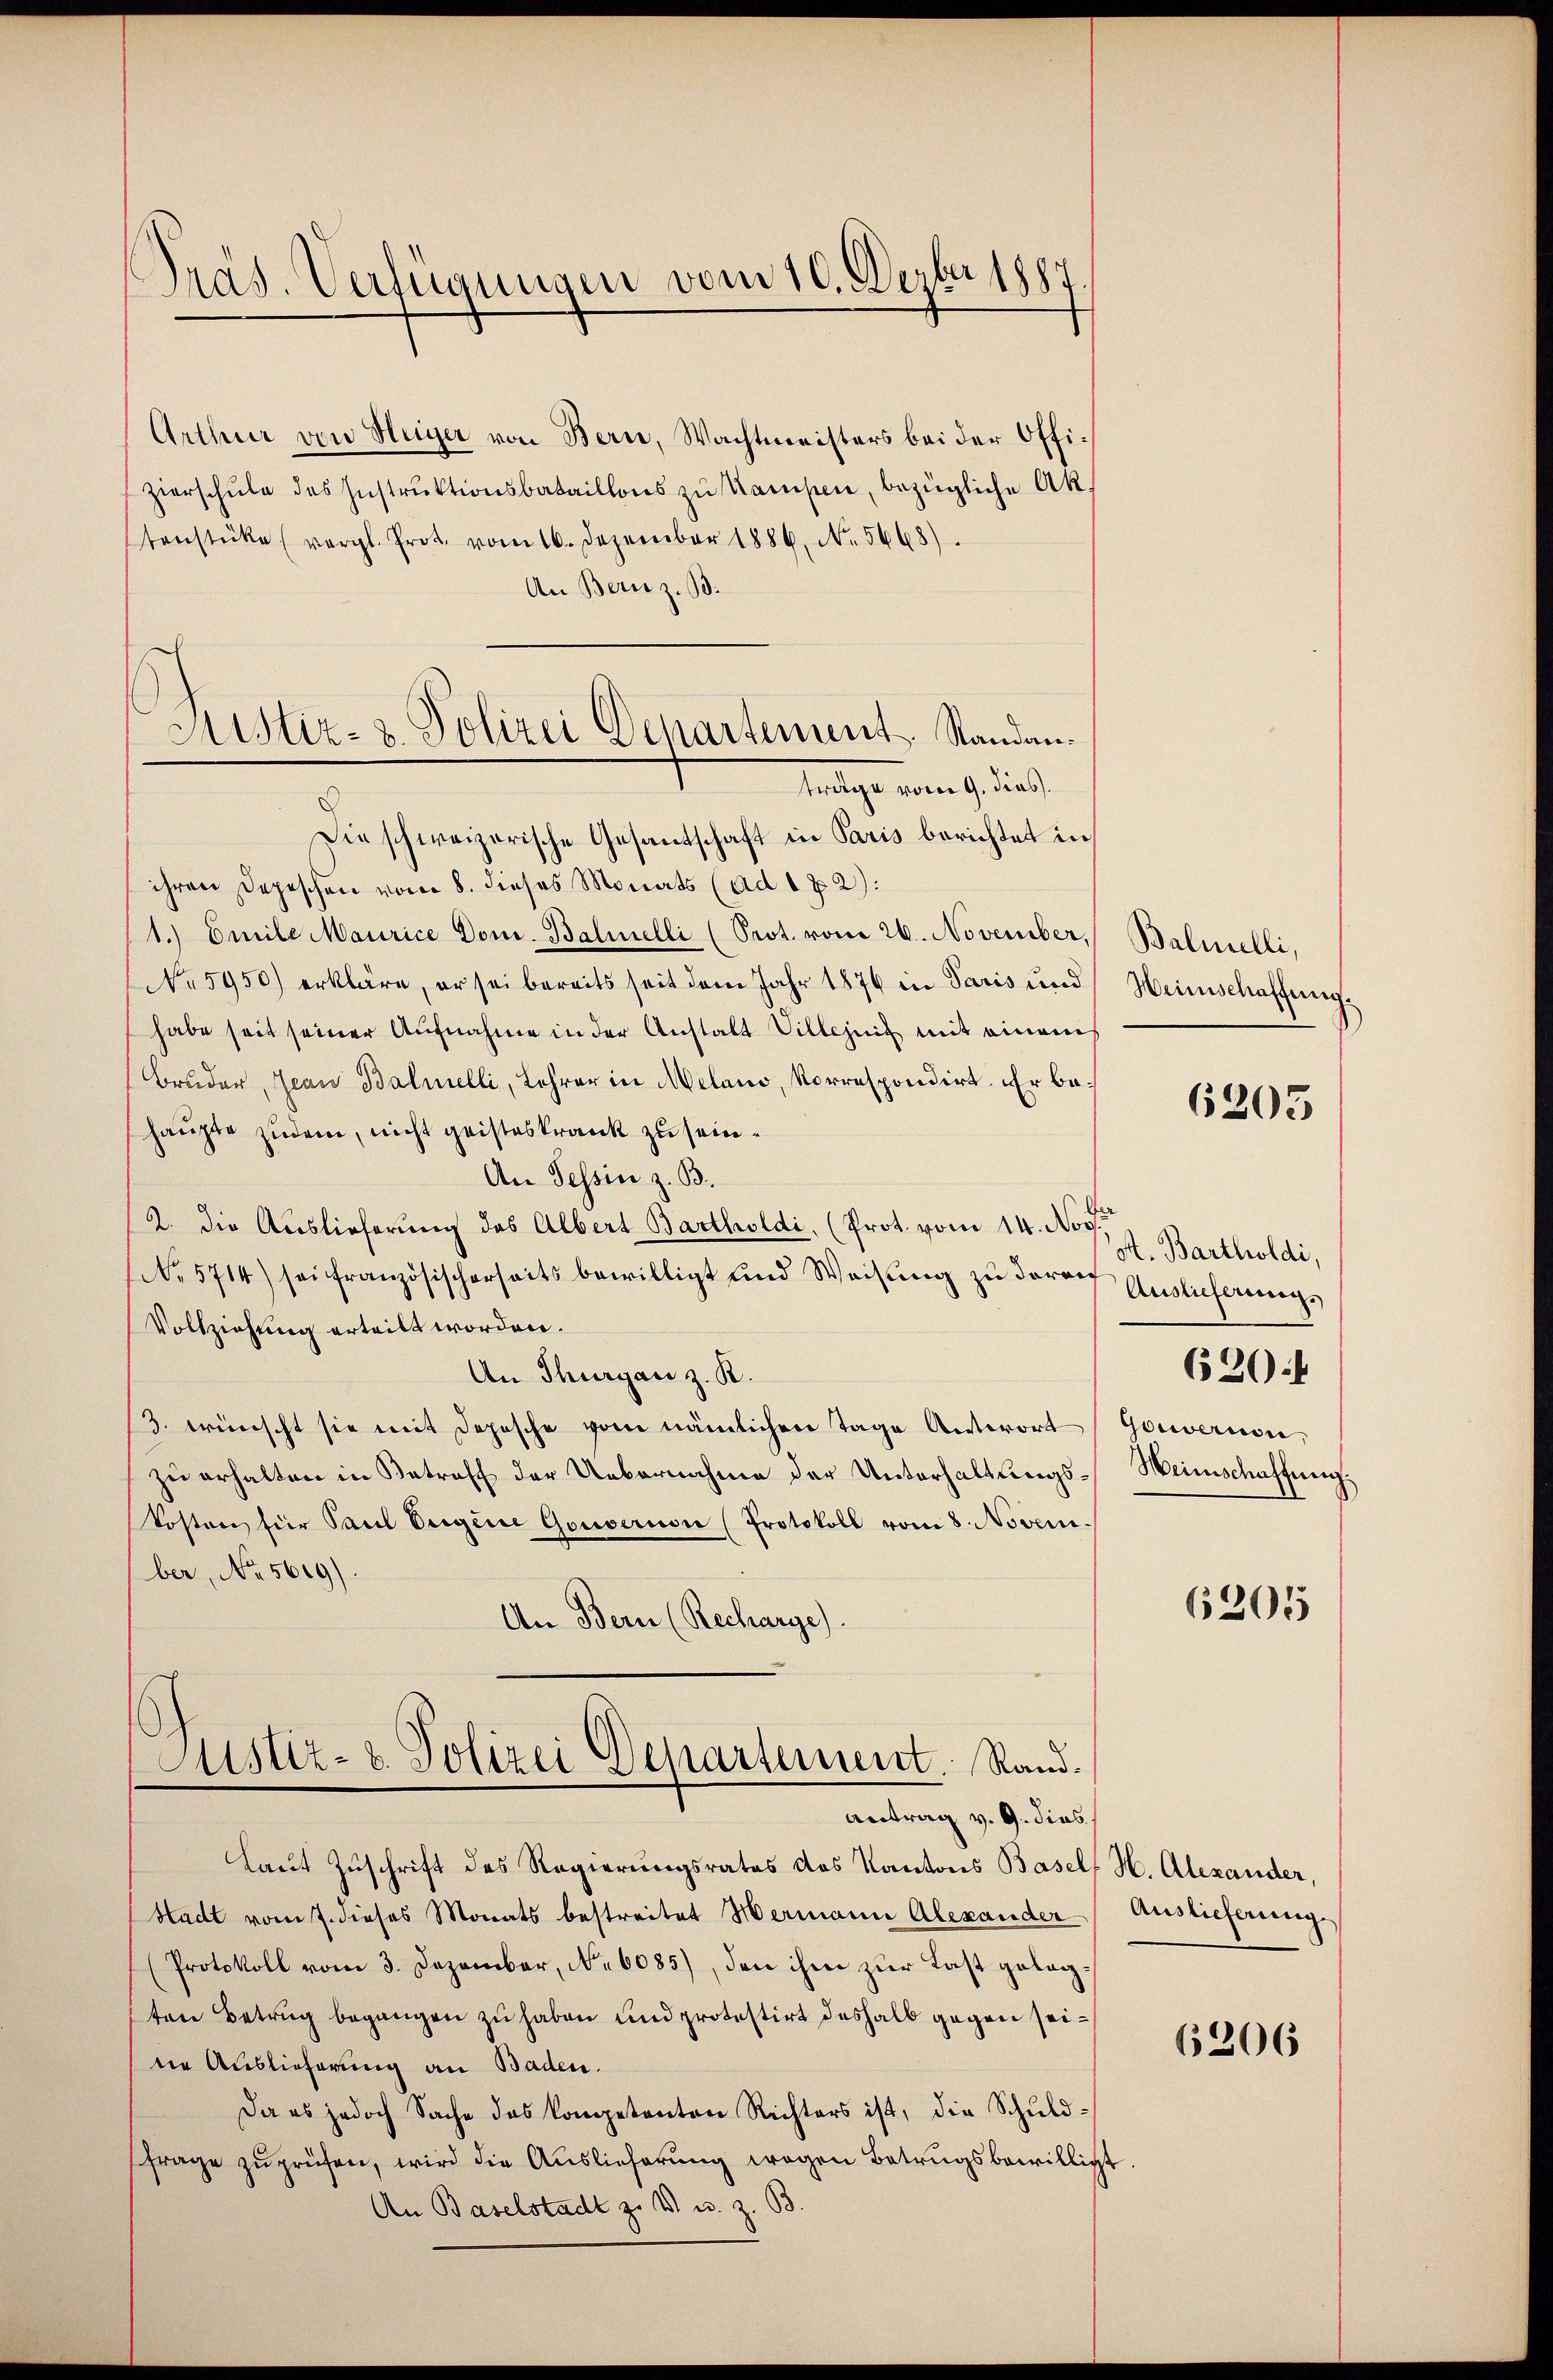
Präs. Verfügungen vom 10. Dezbr 1887.

Arthur von Heger von Bern, Wachtmeisters bei der Offizierschule des Instruktionsbataillons zu Ramsen, bezügliche Ak
tenstücke (vergl. Prot. vom 16. Dezember 1886. No. 5668).
An Bern z. B.
Die schweizerische Gesantschaft in Paris berichtet in
ihren Depeschen vom 8. dieses Monats (ad 1 & 2):
1.) Emile Maurice Dom. Balinelli (Prot. vom 26. November,
No 5950) erkläre, er sei bereits seit dem Jahr 1876 in Paris und
habe seit seiner Aufnahme in der Anstalt Villezeig mit einem
Bruder, Jean Balmelli, Lehrer in Melano, Korrespondirt. Er behaupte zudem, nicht geisteskrank zu sein¬
An Tessin z. B.
2. Die Auslieferung des Albert Bartholdi, (Prot. vom 14. Nov.
No 5714) sei französischerseits bewilligt und Weisŭng zu darauf Auslieferungs
Vollziehung erteilt worden.
An Thurgau z. B.
3. wünscht sie mit Depesche vom nämlichen Tage Antwort
zu erhalten in Betreff der Uebernahme der Unterhaltungskosten für Paul Eigene Gouvernon (Protokoll vom 8. Novem-
ber, No. 5619).
An Bern (Recharge).
Justiz- u. Polizei Departement. Rand¬
Antrag v. 9. dies
Laut Zuschrift des Regierungsrates das Kantons Basel, H. Alexander,
Stadt vom 7. dieses Monats bestreitet Hermann Alexander
(Protokoll vom 3. Dezember, No 6085), den ihm zur Last gelegten Betrug begangen zu haben und protestirt deshalb gegen seidie Auslieferung an Baden.
Da es jedoch Sache das kompetenten Richters ist, die Schuldfrage zu prüfen, wird die Auslieferung wegen Betrugsbewilligt
An Baselstadt zu W. u. z. B.

Mistiz- u. Polizei Departement. Sandanträge vom 9. dies

Balmelli,
Heimschaffung

6205

A. Bartholdi,
Gouvernen
Weinschaffung.

6204

6205

Auslieferung.

6206